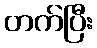
တက်ပြီး